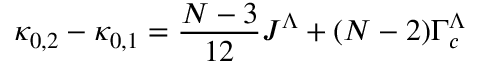
\kappa _ { 0 , 2 } - \kappa _ { 0 , 1 } = \frac { N - 3 } { 1 2 } J ^ { \Lambda } + ( N - 2 ) \Gamma _ { c } ^ { \Lambda }